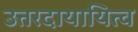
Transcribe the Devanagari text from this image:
उत्तरदायायित्व